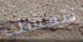
نتمسك